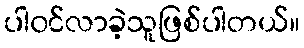
ပါ၀င်လာခဲ့သူဖြစ်ပါတယ်။